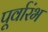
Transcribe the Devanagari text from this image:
पूर्वारंभ